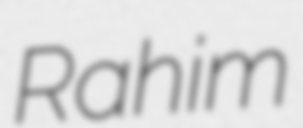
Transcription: Rahim